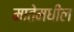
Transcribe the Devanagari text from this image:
मातेमधील